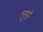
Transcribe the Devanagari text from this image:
ल्हरे